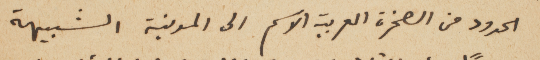
الحدود من الصخرة العربية الاسم الى المدنية الشبيهة